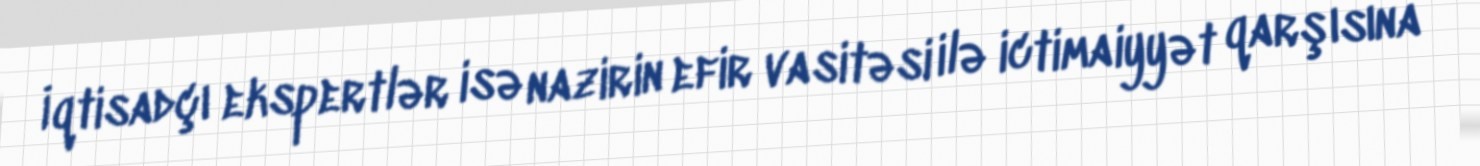
İqtisadçı ekspertlər isə nazirin efir vasitəsi ilə ictimaiyyət qarşısına